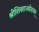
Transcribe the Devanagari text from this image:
श्रीशिवराज्योदयम्